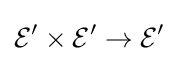
{\mathcal {E}}'\times {\mathcal {E}}'\to {\mathcal {E}}'